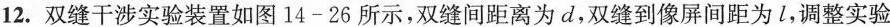
12.双缝干涉实验装置如图14-26所示，双缝间距离为d，双缝到像屏间距为l，调整实验